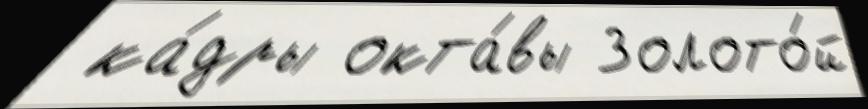
 ка́дры окта́вы Золото́й